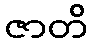
ဇာတိ